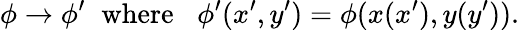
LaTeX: \phi\rightarrow\phi^{\prime}\; \; \mathrm{where}\; \; \; \phi^{\prime}(x^{\prime},y^{\prime})=\phi(x(x^{\prime}),y(y^{\prime})).